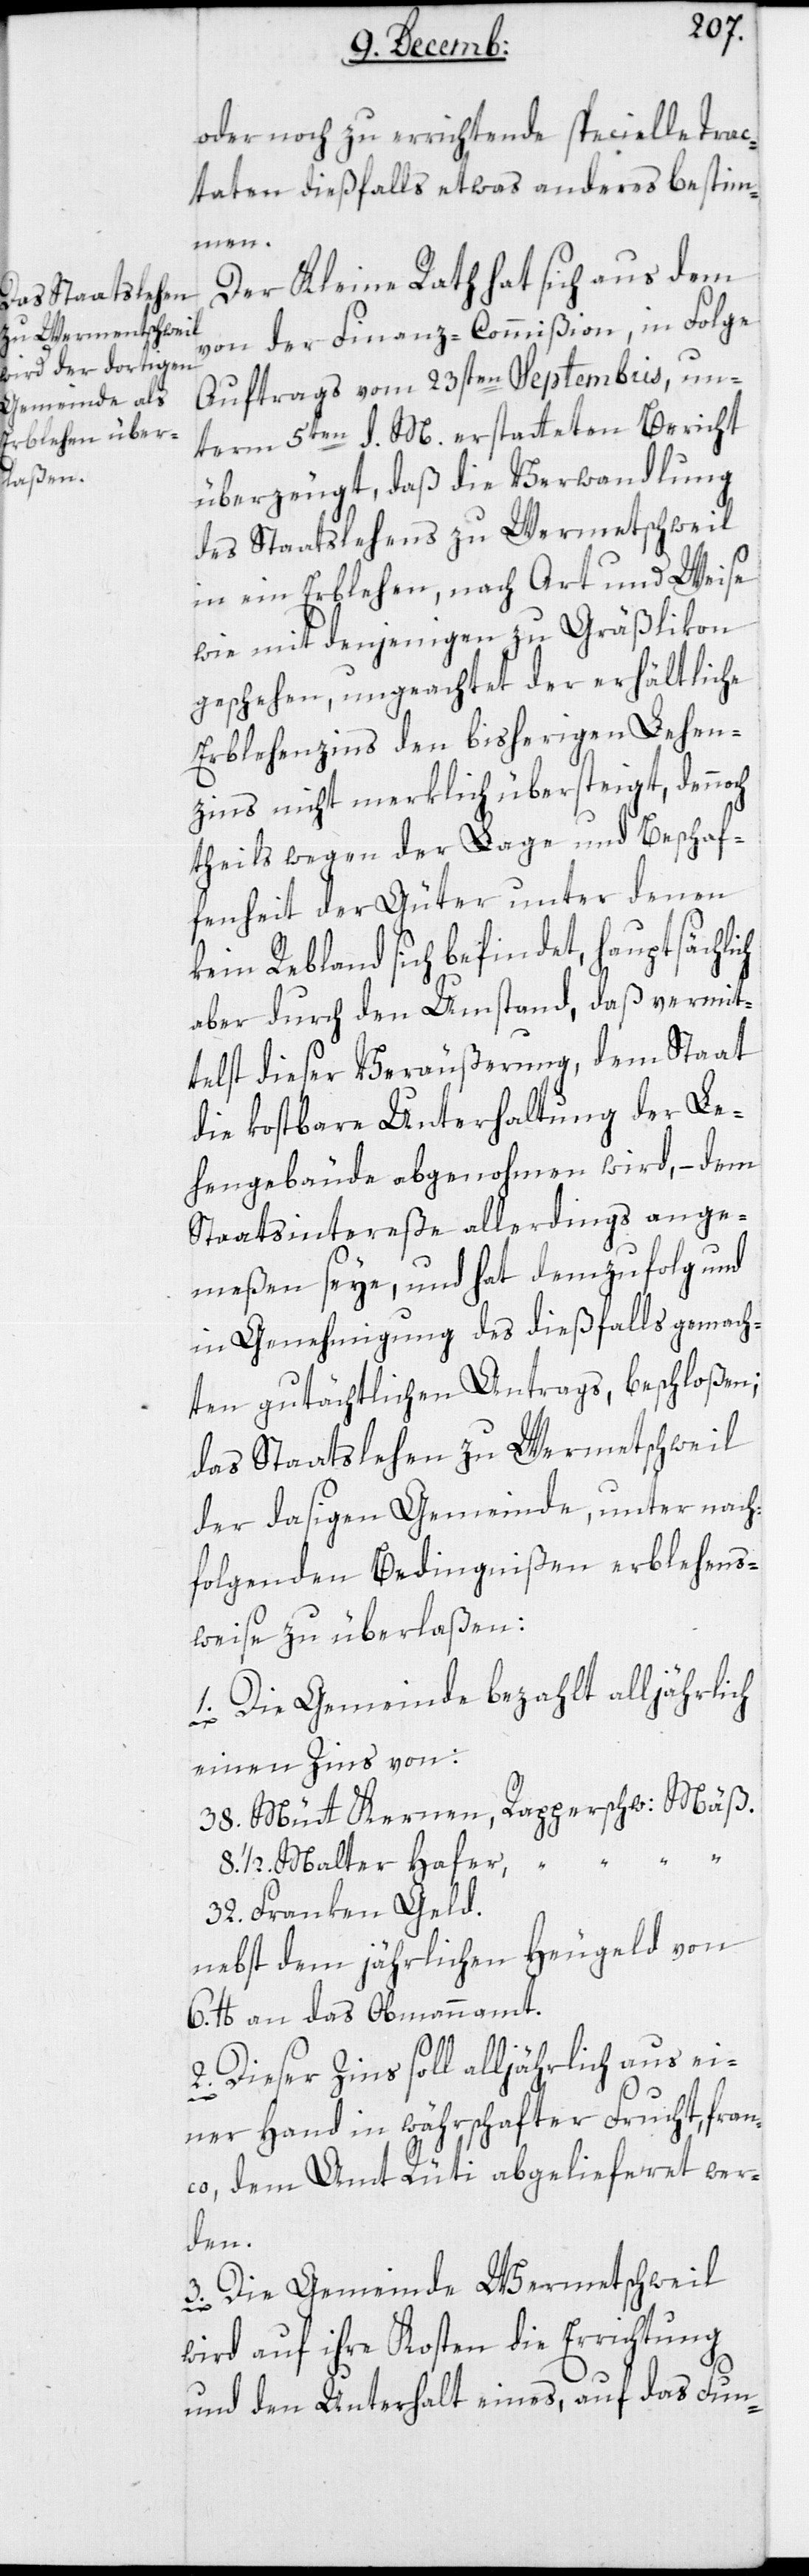
oder noch zu errichtende specielle Trac¬
taten dießfalls etwas anderes bestim¬
men.
Der Kleine Rath hat sich aus dem
von der Finanz-Commißion, in Folge
Auftrags vom 23sten Septembris, un¬
term 5ten d. M. erstatteten Bericht
überzeugt, daß die Verwandlung
des Staatslehens zu Wermatschweil
in ein Erblehen, nach Art und Weise
wie mit denjenigen zu Gräßlikon
geschehen, ungeachtet der erhältliche
Erblehenzins den bisherigen Lehen¬
zins nicht merklich übersteigt, dennoch
theils wegen der Lage und Beschaf¬
fenheit der Güter, unter denen
kein Rebland sich befindet, hauptsächlich
aber durch den Umstand, daß vermit¬
telst dieser Veräußerung, dem Staat
die kostbare Unterhaltung der Le¬
hengebäude abgenohmen wird, – dem
Staatsintereße allerdings ange¬
meßen seye, und hat demzufolg und
in Genehmigung des dießfalls gemach¬
ten gutächtlichen Antrags, beschloßen;
das Staatslehen zu Wermatschweil
der dasigen Gemeinde, unter nach¬
folgenden Bedingnißen erblehens¬
weise zu überlaßen:
1. Die Gemeinde bezahlt alljährlich
einen Zins von:
38. Mütt Kernen, Rapperschw: Mäß.
8.½. Malter Hafer, “ “
32. Franken Geld.
nebst dem jährlichen Heugeld von
6 lb. an das Obmannamt.
2. Dieser Zins soll alljährlich aus ei¬
ner Hand in währschafter Frucht, fran¬
co, dem Amt Rüti abgeliefert wer¬
den.
3. Die Gemeinde Wermatschweil
wird auf ihre Kosten die Errichtung
und den Unterhalt eines, auf das Fun-